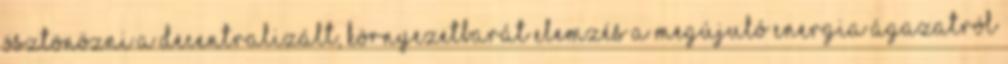
ösztönözni a decentralizált, környezetbarát Elemzés a megújuló energia ágazatról